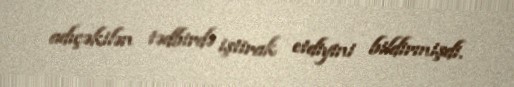
adıçəkilən tədbirdə iştirak etdiyini bildirmişdi.